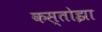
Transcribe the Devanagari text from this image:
कस्तोझा